Sanitation, dispensaries and jails vaccination Rajputana 1922-1927 - 1922-1927
Year: 1922
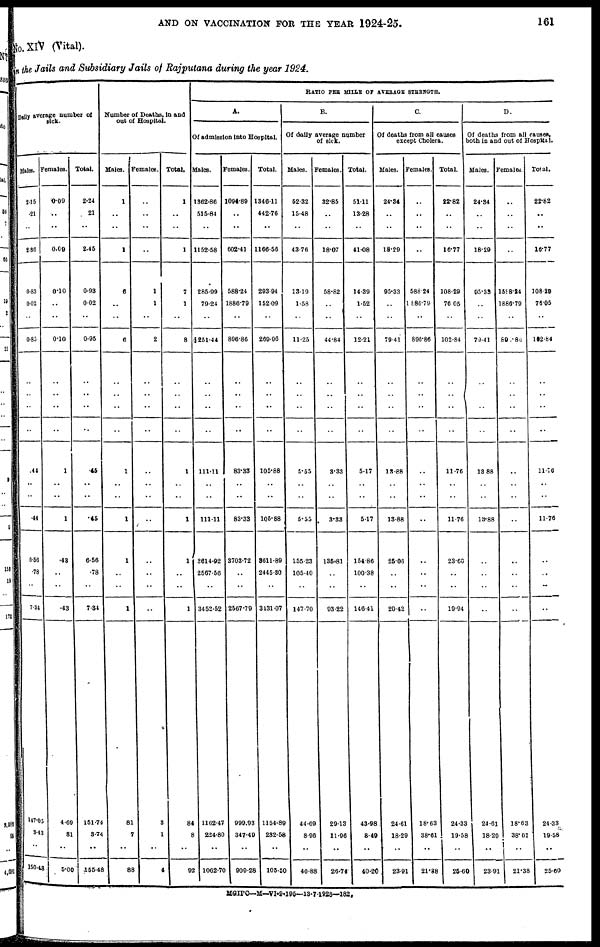
AND ON VACCINATION FOR THE YEAR 1924-25.
161
No.XIV (Vital).
in the Jails and Subsidiary Jails of Rajputana during the year 1924.
Daily average number of
sick.
Males.
2.15
.21
..
2.36
0.83
0.02
..
0.83
..
..
..
..
.44
..
..
.44
6.56
.78
7.34
147.05
343
150.48
Females.
0.09
..
..
0.09
0.10
..
..
0.10
..
..
..
..
1
..
..
1
.48
..
..
.43
4.69
81
..
5.00
Total.
2.24
21
..
2.45
0.93
0.02
..
0.95
..
..
..
..
45
..
..
.45
6.56
.78
..
7.34
151.74
3.74
..
155.48
Number of Deaths, in and
out of Hospital.
Males.
1
..
1
6
..
..
6
..
..
..
..
1
..
..
1
1
..
..
1
81
7
..
88
Females.
..
..
..
..
1
1
..
2
..
..
..
..
..
..
..
..
..
..
..
..
3
1
..
4
Total.
1
..
..
1
7
1
..
8
..
..
..
..
1
..
..
1
1
..
..
1
84
8
..
92
RATIO PER MILLE OF AVERAGE STRENGTH.
A.
Of admission into Hospital.
Males.
1362.86
515.84
..
1152.58
285.99
79.24
..
251.44
..
..
..
..
111.11
..
..
111.11
3614.92
2567.56
..
3452.52
1102.47
224.80
..
1062.70
Females.
1094.89
..
..
602.41
588.24
1886.79
..
896.86
..
..
..
..
83.33
..
..
83.33
3703.72
..
..
2567.79
999.93
347.49
..
909.28
Total.
1346.11
442.76
..
1166.56
293.94
152.09
..
269.96
..
..
..
..
105.88
..
..
105.88
8611.89
2445.30
..
3431.07
1154.89
232.58
..
105.50
B.
Of daily average number
of sick.
Males.
52.32
15.48
..
43.76
13.19
1.58
..
11.25
..
..
..
..
5.55
..
..
5.55
155.23
105.40
..
147.70
44.09
8.96
..
40.88
Females.
32.85
..
..
18.07
58.82
..
..
44.84
..
..
..
..
3.33
..
..
3.33
135.81
..
..
93.22
29.13
11.96
..
26.74
Total.
51.11
13.28
..
41.08
14.39
1.52
..
12.21
..
..
..
..
5.17
..
..
5.17
154.86
100.38
..
146.41
43.98
8.49
..
40.20
C.
Of deaths from all causes
except Cholera.
Males.
24.34
..
..
18.29
95.33
..
..
79.41
..
..
..
..
13.88
..
..
13.88
25.06
..
..
20.42
24.61
18.29
..
23.91
Females.
..
..
..
..
588.24
1886.79
..
896.86
..
..
..
..
..
..
..
..
..
..
..
..
18.63
38.61
..
21.38
Total.
22.82
..
..
16.77
108.29
76.05
..
102.84
..
.. ..
..
11.76
..
..
11.76
23.60
..
..
19.94
24.33
19.58
..
25.60
D.
Of deaths from all causes,
both in and out of Hospital.
Males.
24.34
..
..
18.29
95.33
..
..
79.41
..
..
..
..
13.88
..
..
13.88
..
..
..
..
24.61
18.29
..
23.91
Females.
..
..
..
..
1588.24
1886.79
..
890.86
..
..
..
..
..
..
..
..
..
..
..
..
18.63
38.61
..
21.38
Total.
22.82
..
..
16.77
108.29
76.05
..
102.84
..
..
..
..
11.76
..
..
11.76
..
..
..
..
24.33
19.58
..
25.60
MGIPC—M—VI-9-195—13-7-1928—182.